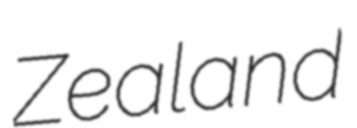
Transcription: Zealand